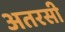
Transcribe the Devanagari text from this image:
अतरसी